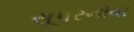
સૂપરનોવા